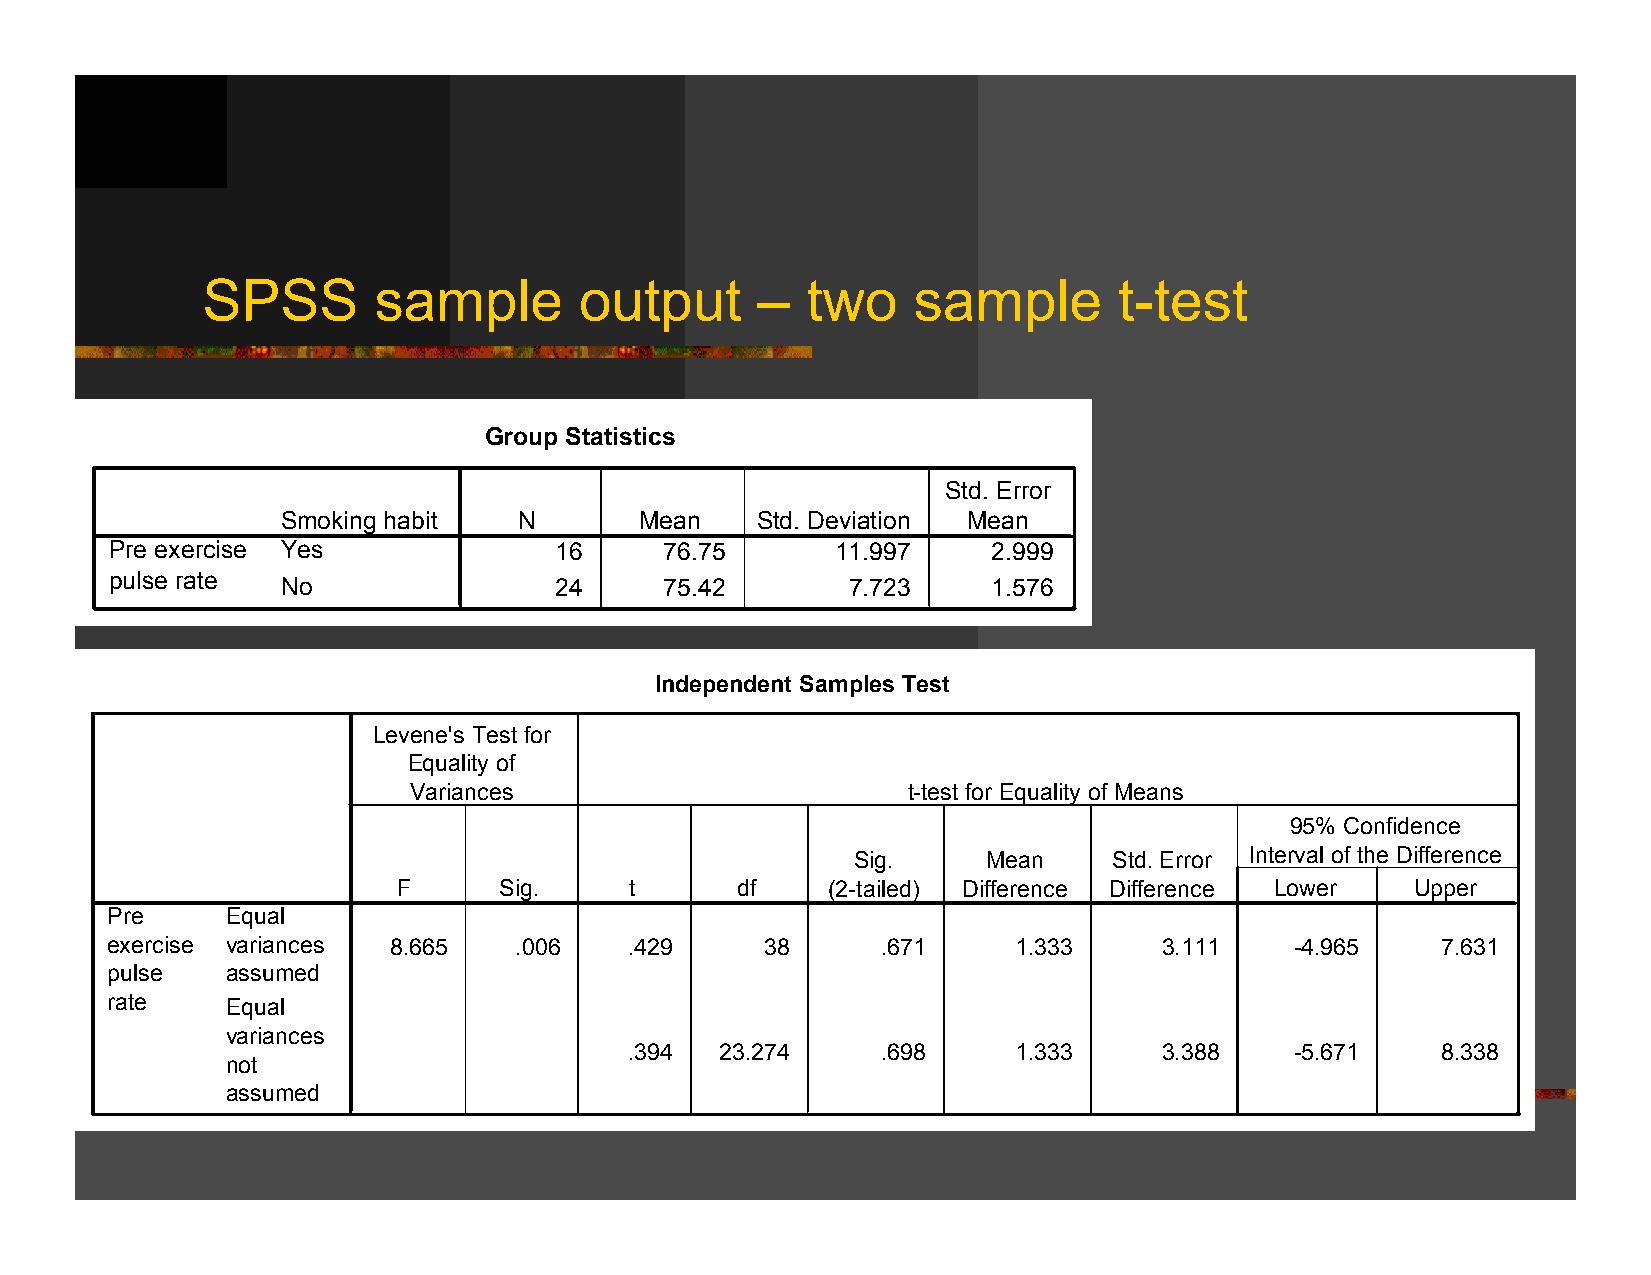
SPSS        sample       output      –  two    sample        t-test
 Group Statistics
 Std. Error
 Smoking habit  N       Mean    Std. Deviation Mean
 Pre exercise Yes              16     76.75      11.997     2.999
 pulse rate  No                24     75.42       7.723     1.576
 Independent Samples Test
 Levene's Test for
 Equality of
 Variances                        t-test for Equality of Means
 95% Confidence
 Sig.     Mean     Std. Error Interval of the Difference
 F      Sig.     t      df    (2-tailed) Difference Difference Lower Upper
 Pre     Equal
 exercise variances 8.665   .006    .429     38     .671     1.333     3.111    -4.965   7.631
 pulse   assumed
 rate    Equal
 variances
 .394  23.274    .698     1.333     3.388    -5.671   8.338
 not
 assumed